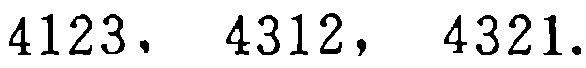
$4123, \ 4312,\ 4321.$